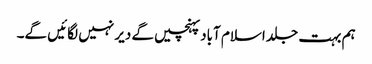
ہم بہت جلد اسلام آباد پہنچیں گے دیر نہیں لگائیں گے۔